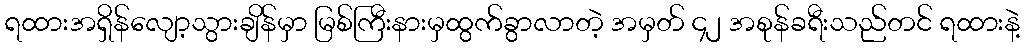
ရထားအရှိန်လျော့သွားချိန်မှာ မြစ်ကြီးနားမှထွက်ခွာလာတဲ့ အမှတ် ၄၂ အစုန်ခရီးသည်တင် ရထားနဲ့